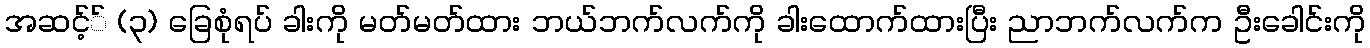
အဆင့်် (၃) ခြေစုံရပ် ခါးကို မတ်မတ်ထား ဘယ်ဘက်လက်ကို ခါးထောက်ထားပြီး ညာဘက်လက်က ဦးခေါင်းကို